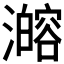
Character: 𰝦